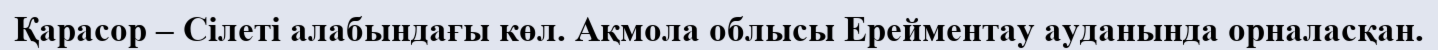
Қарасор – Сілеті алабындағы көл. Ақмола облысы Ерейментау ауданында орналасқан.